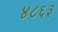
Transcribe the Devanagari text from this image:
४८६३